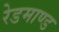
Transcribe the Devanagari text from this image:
रेडमाण्ड